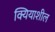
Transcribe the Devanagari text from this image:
क्यियाशील